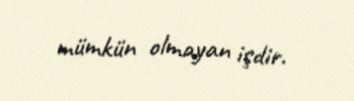
mümkün olmayan işdir.